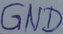
Text: GND